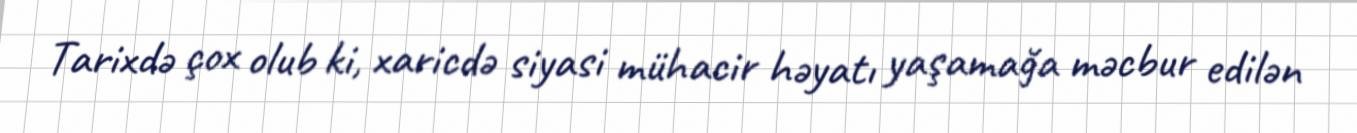
Tarixdə çox olub ki, xaricdə siyasi mühacir həyatı yaşamağa məcbur edilən